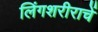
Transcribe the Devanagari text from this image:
लिंगशरीराचें